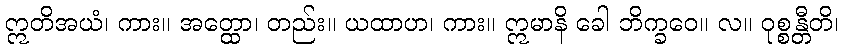
ဣတိအယံ၊ ကား။ အတ္ထော၊ တည်း။ ယထာဟ၊ ကား။ ဣမာနိ ခေါ ဘိက္ခဝေ။ လ။ ဝုစ္စန္တီတိ၊